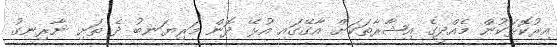
އިރުކޮޅަކުން މެއްދީގެ އިޝާރާތަކަށް އާގޭގައި އުޅޭ ދޮން މަރިޔަނބު ދެ ތަށި ނާރިނގު